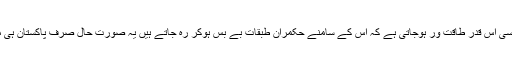
اہل اقتدار اور اہل سیاست کی اس کمزوری کی وجہ بیوروکریسی اس قدر طاقت ور ہوجاتی ہے کہ اس کے سامنے حکمران طبقات بے بس ہوکر رہ جاتے ہیں یہ صورت حال صرف پاکستان ہی میں نہیں ہے بلکہ بھارت جیسے جمہوری ملک میں بھی ہے۔